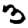
Digit: 3